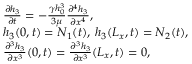
\begin{array} { r l } & { \frac { \partial h _ { 3 } } { \partial t } = - \frac { \gamma h _ { 0 } ^ { 3 } } { 3 \mu } \frac { \partial ^ { 4 } h _ { 3 } } { \partial x ^ { 4 } } , } \\ & { h _ { 3 } ( 0 , t ) = N _ { 1 } ( t ) , \: h _ { 3 } ( L _ { x } , t ) = N _ { 2 } ( t ) , } \\ & { \frac { \partial ^ { 3 } h _ { 3 } } { \partial x ^ { 3 } } ( 0 , t ) = \frac { \partial ^ { 3 } h _ { 3 } } { \partial x ^ { 3 } } ( L _ { x } , t ) = 0 , } \end{array}